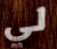
لي